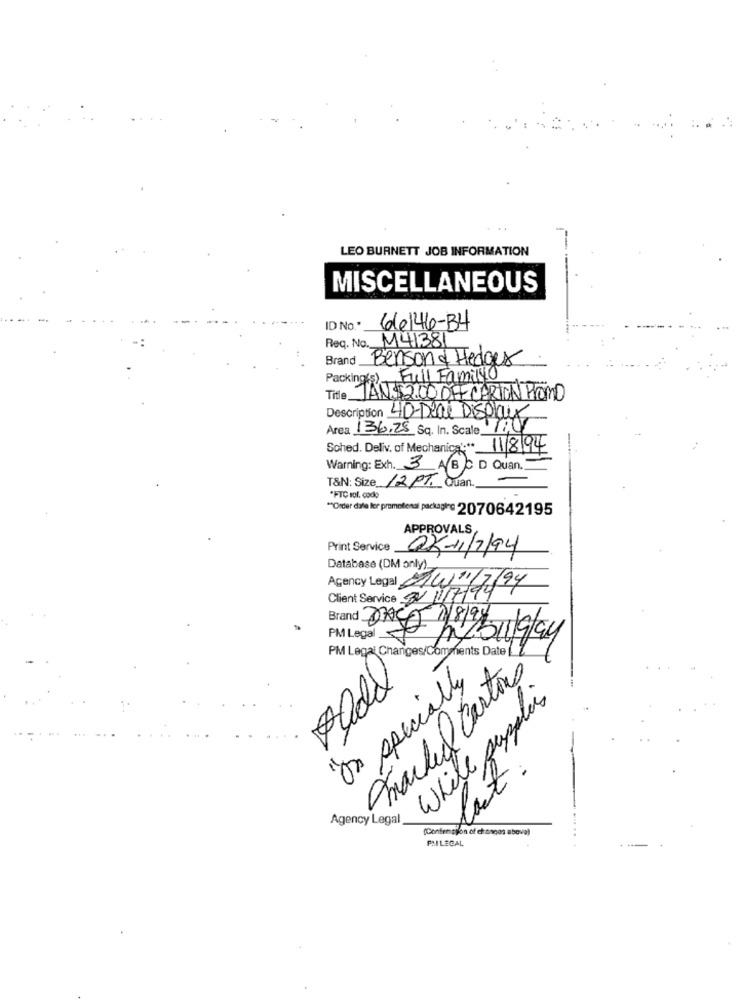
LEO BURNETT JOB INFORMATION
MISCELLANEOUS
ID No .*
66146-34
Req. No. M41381
Brand
Benson & Hedger
Packing ) Full Family
Title
TAN $2.00 OFFCARTON PROMO
Description 40-Deal Displayx
Área 136.25 Sq. In. Scale
Sched. Deliv. of Mechanica :** 11/8/94
Warning: Exh. 3 AB C D Quan.
T&N: Size 12 PT. Quan.
*FTC rol. code
"Order dale ler promotional packagire 2070642195
APPROVALS
Print Service
Q3-11/7/94
Database (DM only)
Agency Legal w"
Client Service 3/7/94/27
[ 7/8/9/
PM Legal 5
mysigay
PM Legal Changes/Comments Date
Cracked Cartons
On specially
While supplies
Agency Legal
(Confemcylon of chongos above)